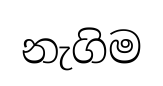
නැගිම